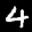
Label: 4